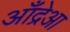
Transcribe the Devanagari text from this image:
आँद्रेआ